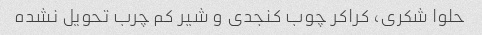
حلوا شکری، کراکر چوب کنجدی و شیر کم چرب تحویل نشده